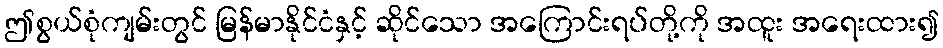
ဤစွယ်စုံကျမ်းတွင် မြန်မာနိုင်ငံနှင့် ဆိုင်သော အကြောင်းရပ်တို့ကို အထူး အရေးထား၍